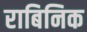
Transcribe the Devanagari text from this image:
राबिनिक